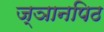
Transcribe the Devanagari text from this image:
ज्ञानपिठ